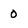
Character: 0